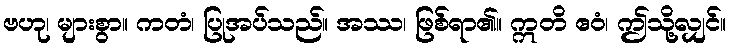
ဗဟု၊ များစွာ။ ကတံ၊ ပြုအပ်သည်။ အဿ၊ ဖြစ်ရာ၏။ ဣတိ ဧဝံ၊ ဤသို့လျှင်။